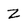
Character: Z